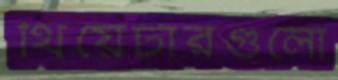
থিয়েটারগুলো